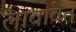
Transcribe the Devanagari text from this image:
लावावेत